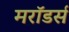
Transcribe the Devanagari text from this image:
मरॉडर्स